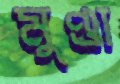
মুণ্ডা